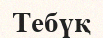
Тебүқ